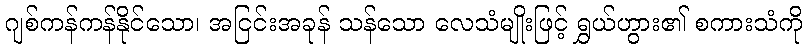
ဂျစ်ကန်ကန်နိုင်သော၊ အငြင်းအခုန် သန်သော လေသံမျိုးဖြင့် ရွှယ်ဟွား၏ စကားသံကို